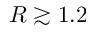
R \gtrsim 1 . 2